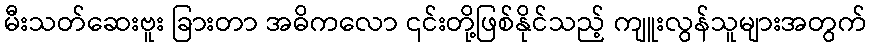
မီးသတ်ဆေးဗူး ခြားတာ အဓိကလော ၎င်းတို့ဖြစ်နိုင်သည့် ကျူးလွန်သူများအတွက်